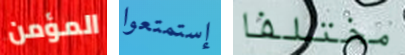
المؤمن إستمتعوا مختلفا